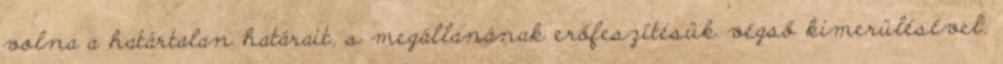
volna a határtalan határait, s megállanának erőfeszítésük végső kimerülésével.